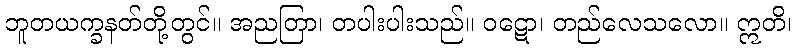
ဘူတယက္ခနတ်တို့တွင်။ အညတြာ၊ တပါးပါးသည်။ ဝဋော၊ တည်လေသလော။ ဣတိ၊